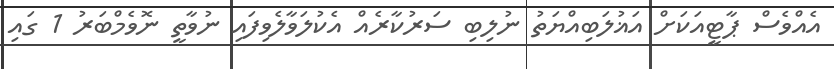
އެއްވެސް ޕާޓީއަކަށް އަޣުލަބިއްޔަތު ނުލިބި ސަރުކާރެއް އެކުލަވާލެވިފައި ނުވާތީ ނޮވެމްބަރު 1 ގައި